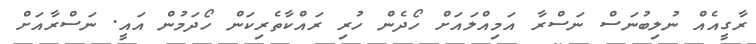
ރާގީއެއް ނުލިބުނަސް ނަސްރާ އަމިއްލައަށް ހޯދެން ހުރި ރައްކާތެރިކަން ހޯދަމުން އައީ. ނަސްރާއަށް